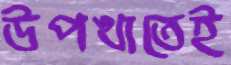
উপখাতেই